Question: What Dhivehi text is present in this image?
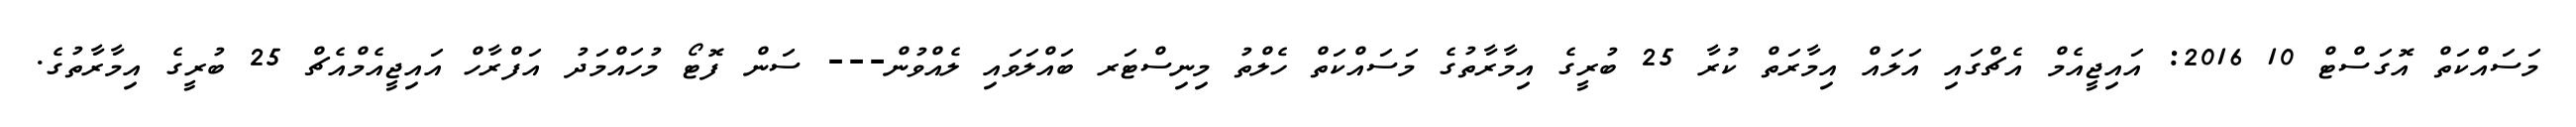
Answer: މަސައްކަތް އޮގަސްޓް 10 2016: އައިޖީއެމް އެޗްގައި އަލައް އިމާރަތް ކުރާ 25 ބުރީގެ އިމާރާތުގެ މަސައްކަތް ހެލްތު މިނިސްޓަރ ބައްލަވައި ލެއްވުން--- ސަން ފޮޓޯ މުހައްމަދު އަފްރާހް އައިޖީއެމްއެޗް 25 ބުރީގެ އިމާރާތުގެ.